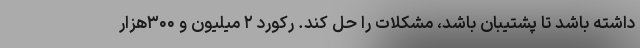
داشته باشد تا پشتیبان باشد، مشکلات را حل کند. رکورد ۲ میلیون و ۳۰۰هزار